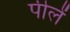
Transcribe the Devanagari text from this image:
पीलें